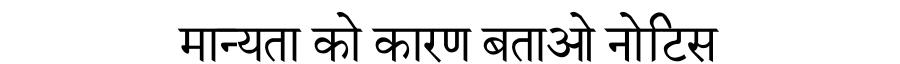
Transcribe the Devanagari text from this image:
मान्यता को कारण बताओ नोटिस